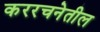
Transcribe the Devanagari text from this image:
कररचनेतील